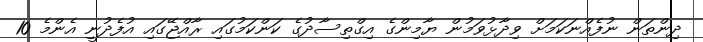
ދިިންތަން ނުފެއްނަކަމަށް ވިދާޅުވަމުން ޔާމިންގެ އިގްތިސާދުގެ ކަންކަމުގައި ރާއްޖޭގައި އުފެދުނީ އެންމެ 10